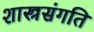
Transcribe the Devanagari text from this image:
शास्त्रसंगति